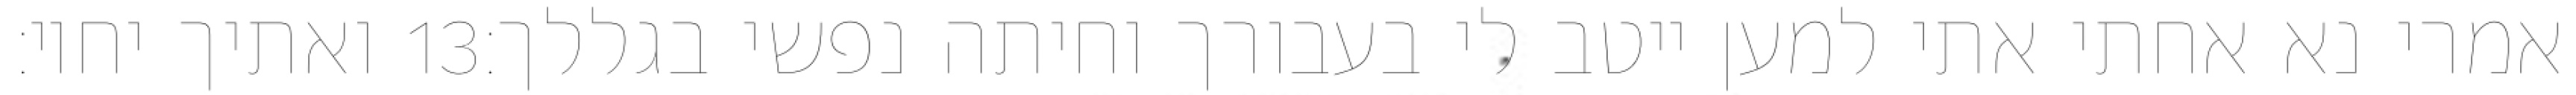
ואתיך יחיו׃ ‎13‏ אמרי נא אחתי אתי למען ייטב לי בעבורך וחיתה נפשי בגללך׃